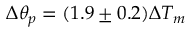
\Delta \theta _ { p } = ( 1 . 9 \pm 0 . 2 ) \Delta T _ { m }